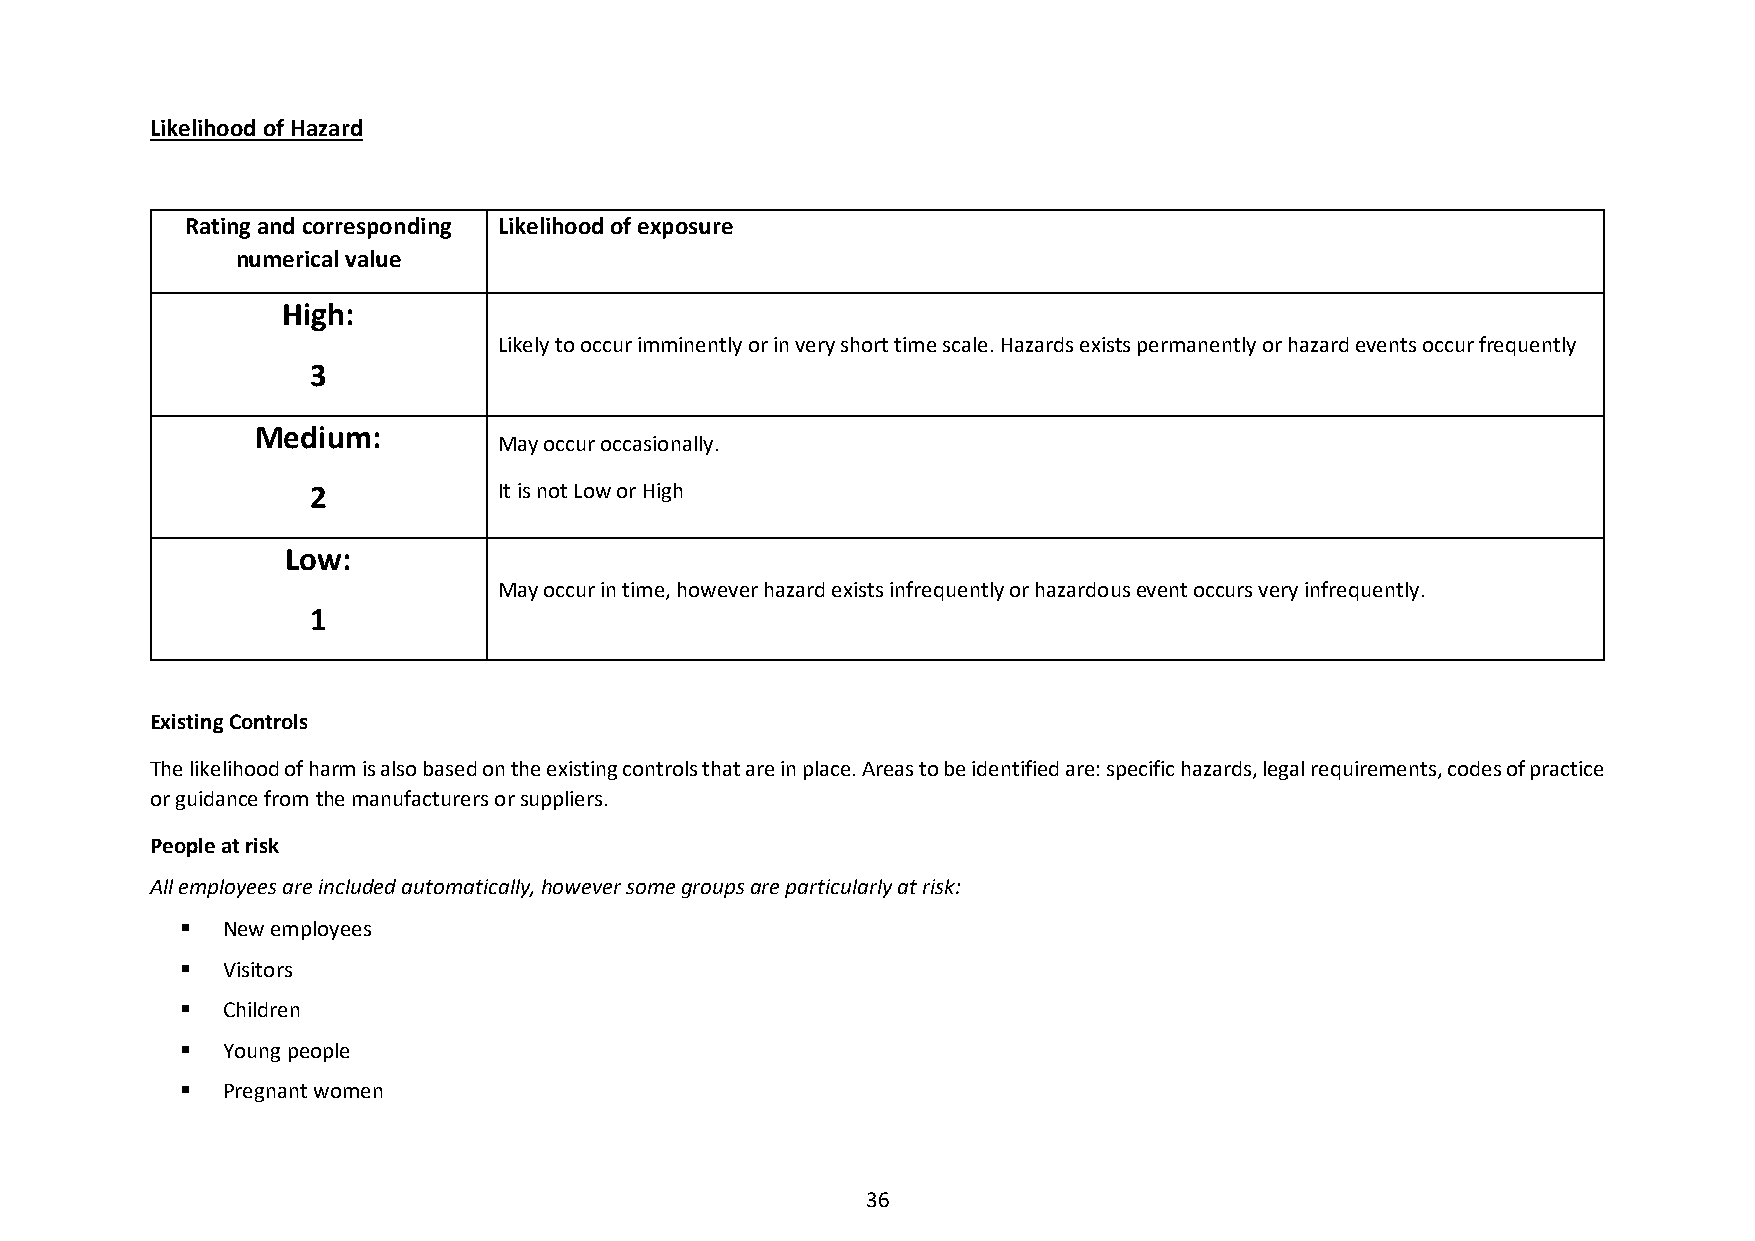
Likelihood of Hazard
 Rating and corresponding Likelihood of exposure
 numerical value
 High:
 Likely to occur imminently or in very short time scale. Hazards exists permanently or hazard events occur frequently
 3
 Medium:
 May occur occasionally.
 2           It is not Low or High
 Low:
 May occur in time, however hazard exists infrequently or hazardous event occurs very infrequently.
 1
 Existing Controls
 The likelihood of harm is also based on the existing controls that are in place. Areas to be identified are: specific hazards, legal requirements, codes of practice
 or guidance from the manufacturers or suppliers.
 People at risk
 All employees are included automatically, however some groups are particularly at risk:
   New employees
   Visitors
   Children
   Young people
   Pregnant women
 36